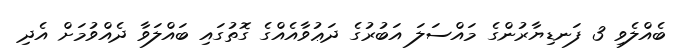
ބެއްލެވި 3 ފަނޑިޔާރުންގެ މައްސަލަ އަބުރުގެ ދަޢުވާއެއްގެ ގޮތުގައި ބައްލަވާ ދެއްވުމަށް އެދި